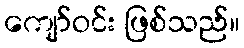
ကျော်ဝင်း ဖြစ်သည်။